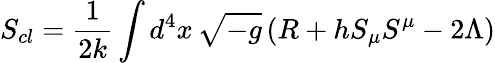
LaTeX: S_{cl}=\frac{1}{2k}\int d^{4}x\, \sqrt{-g}\left(R+hS_{\mu}S^{\mu}-2\Lambda\right)